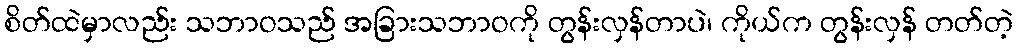
စိတ်ထဲမှာလည်း သဘာဝသည် အခြားသဘာဝကို တွန်းလှန်တာပဲ၊ ကိုယ်က တွန်းလှန် တတ်တဲ့